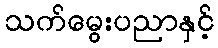
သက်မွေးပညာနှင့်